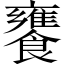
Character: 饔